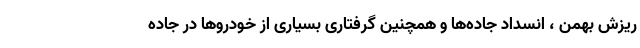
ریزش بهمن ، انسداد جاده‌ها و همچنین گرفتاری بسیاری از خودروها در جاده